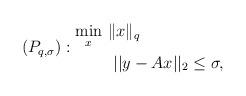
LaTeX: \begin{align*}(P_{q,\sigma}):\begin{aligned}\min_{x}&~\|x\|_{q}\\ &~~||y-{A}x||_2\leq\sigma, \end{aligned}\end{align*}